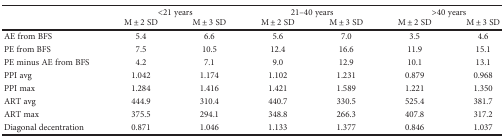
| <ROWSPAN=2>  | <COLSPAN=2> <21 years | <COLSPAN=2> 21–40 years | <COLSPAN=2> >40 years |
 | M ± 2 SD | M ± 3 SD | M ± 2 SD | M ± 3 SD | M ± 2 SD | M ± 3 SD |
 | --- | --- | --- | --- | --- | --- | --- |
 | AE from BFS | 5.4 | 6.6 | 5.6 | 7.0 | 3.5 | 4.6 |
 | PE from BFS | 7.5 | 10.5 | 12.4 | 16.6 | 11.9 | 15.1 |
 | PE minus AE from BFS | 4.2 | 7.1 | 9.0 | 12.9 | 10.1 | 13.1 |
 | PPI avg | 1.042 | 1.174 | 1.102 | 1.231 | 0.879 | 0.968 |
 | PPI max | 1.284 | 1.416 | 1.421 | 1.589 | 1.221 | 1.350 |
 | ART avg | 444.9 | 310.4 | 440.7 | 330.5 | 525.4 | 381.7 |
 | ART max | 375.5 | 294.1 | 348.8 | 266.3 | 407.8 | 317.2 |
 | Diagonal decentration | 0.871 | 1.046 | 1.133 | 1.377 | 0.846 | 1.037 |